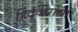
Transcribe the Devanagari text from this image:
हिंदूवीरांचा